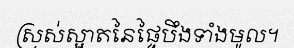
ស្រស់ស្អាតនៃផ្ទៃបឹងទាំងមូល។